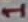
Text: 1